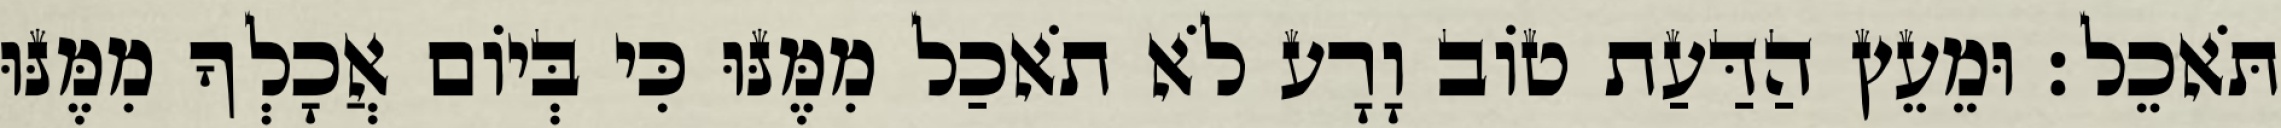
תֹּאכֵל׃ וּמֵעֵץ הַדַּעַת טֹוב וָרָע לֹא תֹאכַל מִמֶּנּוּ כִּי בְּיֹום אֲכָלְךָ מִמֶּנּוּ